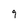
Character: 9